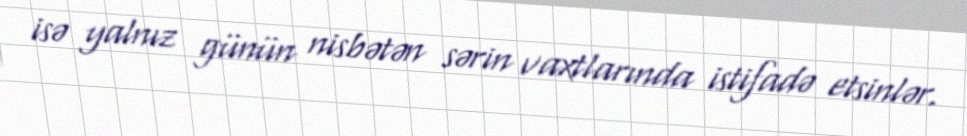
isə yalnız günün nisbətən sərin vaxtlarında istifadə etsinlər.